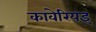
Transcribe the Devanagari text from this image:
कावेरियइ